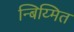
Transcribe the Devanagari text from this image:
न्बिय्मित